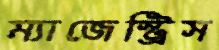
ম্যাজেস্ট্রিস